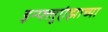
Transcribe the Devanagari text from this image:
इन्फ्लुएंझाच्या